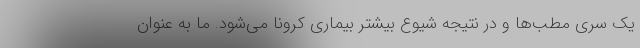
یک سری مطب‌ها و در نتیجه شیوع بیشتر بیماری کرونا می‌شود. ما به عنوان